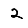
Digit: 2